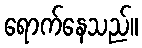
ရောက်နေသည်။